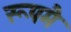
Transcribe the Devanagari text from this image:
रूपमै